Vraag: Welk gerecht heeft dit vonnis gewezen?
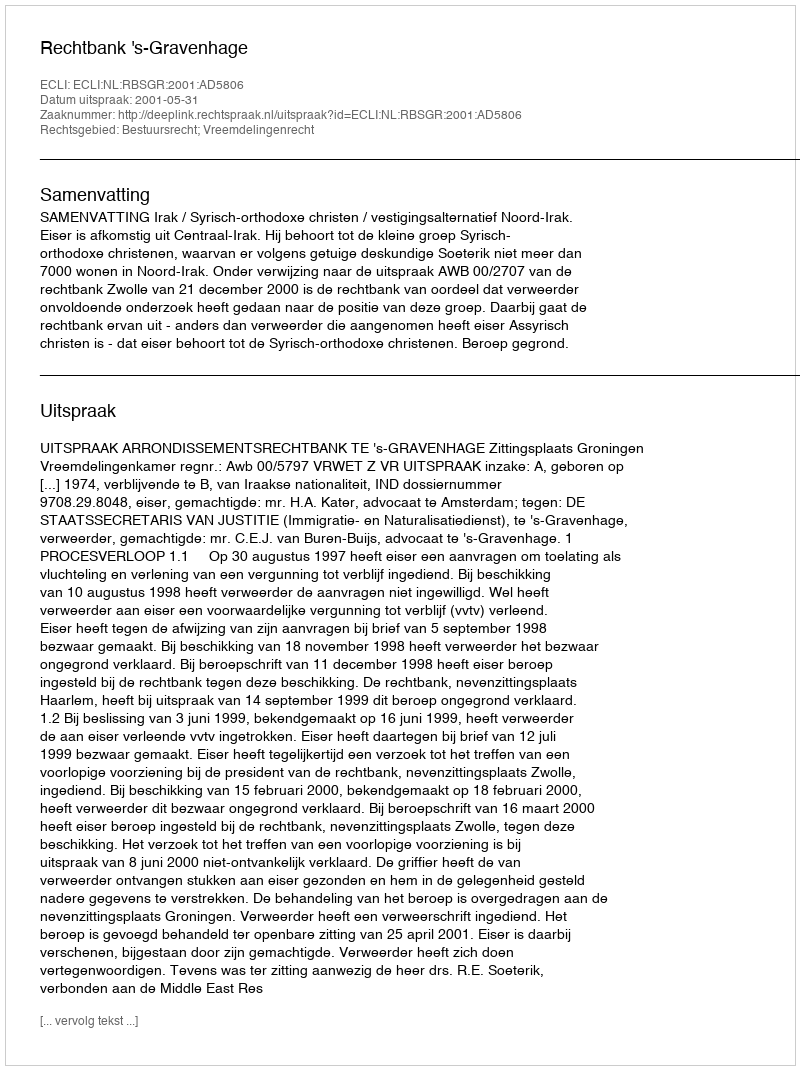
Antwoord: Rechtbank 's-Gravenhage